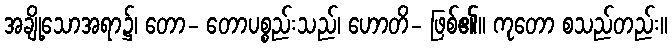
အချို့သောအရာ၌၊ တော- တောပစ္စည်းသည်၊ ဟောတိ- ဖြစ်၏။ ကုတော စသည်တည်း။